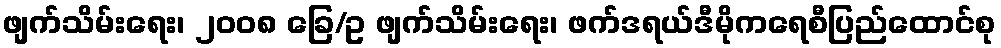
ဖျက်သိမ်းရေး၊ ၂၀၀၈ ခြေ/ဥ ဖျက်သိမ်းရေး၊ ဖက်ဒရယ်ဒီမိုကရေစီပြည်ထောင်စု